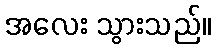
အလေး သွားသည်။